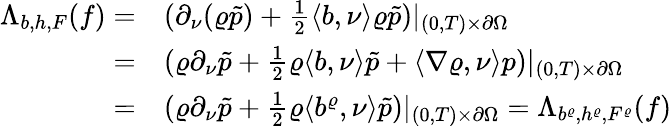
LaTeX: \begin{array}{rl}{\Lambda_{b,h,F}(f)=}&{(\partial_{\nu}(\varrho\tilde{p})+\frac{1}{2}\langle b,\nu\rangle\varrho\tilde{p})|_{(0,T)\times\partial\Omega}}\\ {=}&{(\varrho\partial_{\nu}\tilde{p}+\frac{1}{2}\varrho\langle b,\nu\rangle\tilde{p}+\langle\nabla\varrho,\nu\rangle p)|_{(0,T)\times\partial\Omega}}\\ {=}&{(\varrho\partial_{\nu}\tilde{p}+\frac{1}{2}\varrho\langle b^{\varrho},\nu\rangle\tilde{p})|_{(0,T)\times\partial\Omega}=\Lambda_{b^{\varrho},h^{\varrho},F^{\varrho}}(f)}\end{array}